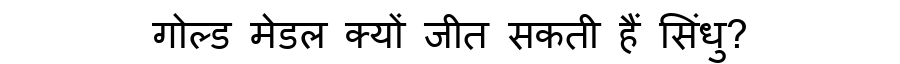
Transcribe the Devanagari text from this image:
गोल्ड मेडल क्यों जीत सकती हैं सिंधु?